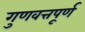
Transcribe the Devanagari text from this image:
गुणवत्तपूर्ण